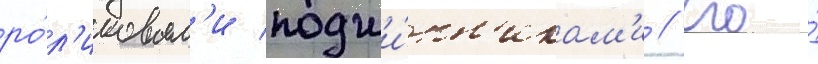
ро́л'иковым'и подши́пн'икам'и // Его́